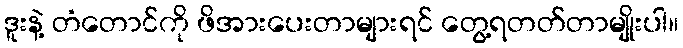
ဒူးနဲ့ တံတောင်ကို ဖိအားပေးတာများရင် တွေ့ရတတ်တာမျိုးပါ။